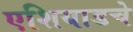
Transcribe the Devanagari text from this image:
एशियाडचे